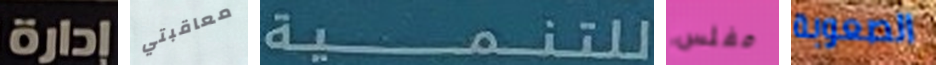
إدارة معاقبتي للتنمية مفلس الصعوبة